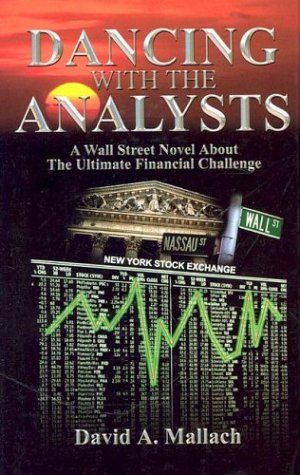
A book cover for Dancing With the Analysts; David A. Mallach; Mystery, Thriller & Suspense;